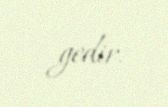
gedir.